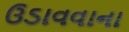
ઉડાવવાના